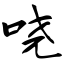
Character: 哓